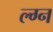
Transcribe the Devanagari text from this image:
ल्ग्न